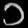
Digit: ၁